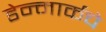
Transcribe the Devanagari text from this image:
डेन्मार्कचे